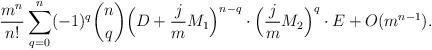
LaTeX: \begin{align*} \frac{m^n}{n!} \sum_{q=0}^n (-1)^q \binom{n}{q} \Bigl(D+\frac{j}{m}M_1\Bigr)^{n-q} \cdot\Bigl(\frac{j}{m} M_2\Bigr)^q \cdot E + O(m^{n-1}).\end{align*}